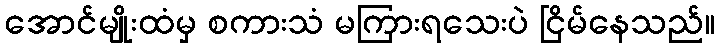
အောင်မျိုးထံမှ စကားသံ မကြားရသေးပဲ ငြိမ်နေသည်။